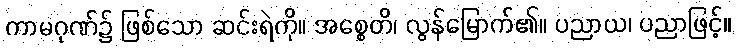
ကာမဂုဏ်၌ ဖြစ်သော ဆင်းရဲကို။ အစ္စေတိ၊ လွန်မြောက်၏။ ပညာယ၊ ပညာဖြင့်။